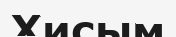
Хисым